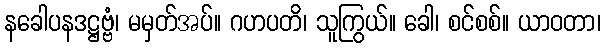
နခေါပနဒဋ္ဌဗ္ဗံ၊ မမှတ်အပ်။ ဂဟပတိ၊ သူကြွယ်။ ခေါ၊ စင်စစ်။ ယာဝတာ၊